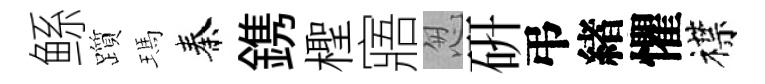
鲧躓瑪秦鎸檉寤怱硏弔緖懼襟